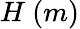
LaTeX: H\mathrm{~}(m)